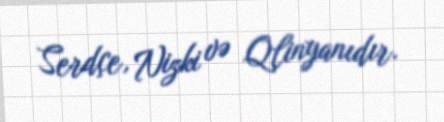
Serdçe, Nizki və Qlinyanıdır.